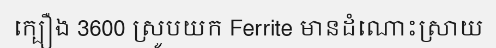
ក្បឿង 3600 ស្រូបយក Ferrite មានដំណោះស្រាយ